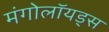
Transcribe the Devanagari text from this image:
मंगोलॉयड्स